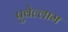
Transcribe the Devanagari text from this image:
पुवेल्लाम